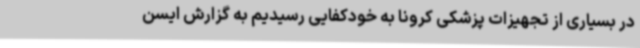
در بسیاری از تجهیزات پزشکی کرونا به خودکفایی رسیدیم به گزارش ایسن